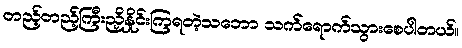
တည့်တည့်ကြီးညှိနှိုင်းကြရတဲ့သဘော သက်ရောက်သွားစေပါတယ်။